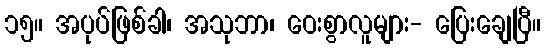
၁၅။ အပုပ်ဖြစ်ခါ၊ အသုဘာ၊ ဝေးစွာလူများ- ပြေးချေပြီ။